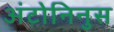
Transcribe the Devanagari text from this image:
अंटोनिनुस